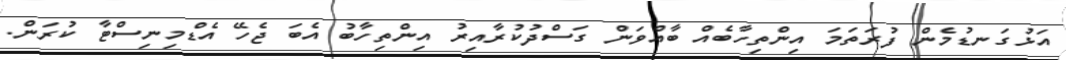
އަޅުގަނޑުމެން ފުރަތަމަ އިންތިހާބެއް ބާއްވަން ގަސްދުކުރާއިރު އިންތިހާބު އެބަ ޖެހޭ އެޑްމިނިސްޓާ ކުރަން.